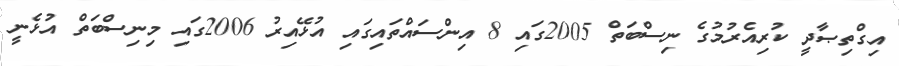
އިގްތިޞާދީ ކުރިއެރުމުގެ ނިސްބަތް 2005ގައި 8 އިންސައްތައިގައި އުޅޭއިރު 2006ގައި މިނިސްބަތް އުޅެނީ